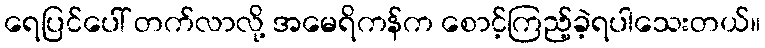
ရေပြင်ပေါ် တက်လာလို့ အမေရိကန်က စောင့်ကြည့်ခဲ့ရပါသေးတယ်။